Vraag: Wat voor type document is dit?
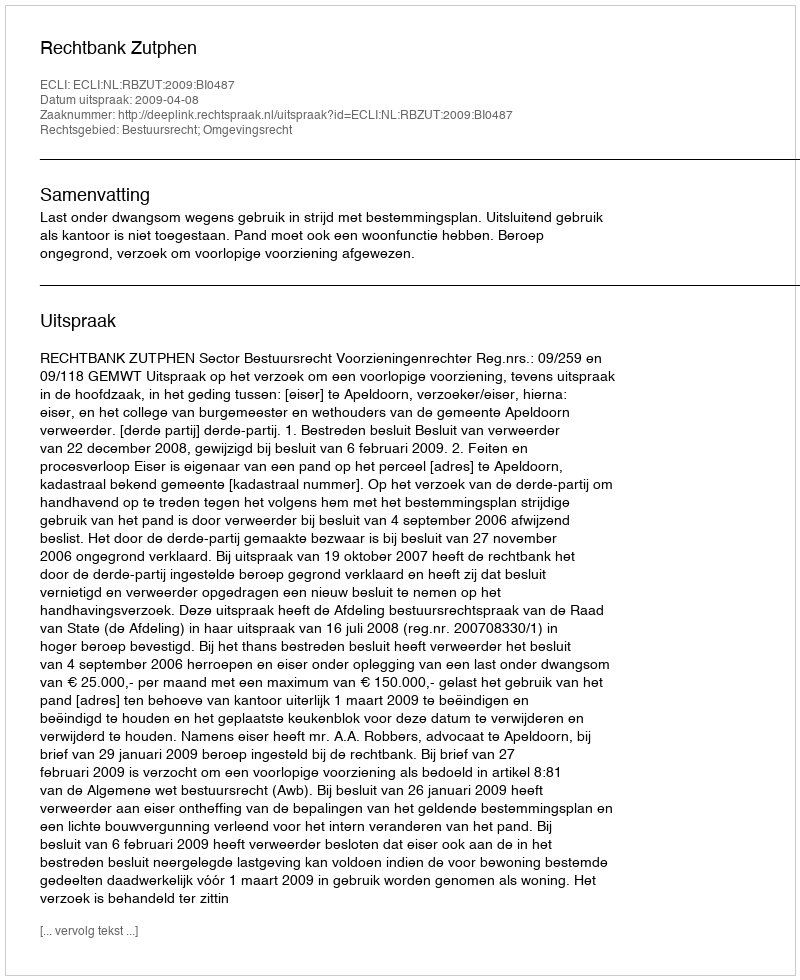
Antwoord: Uitspraak